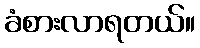
ခံစားလာရတယ်။